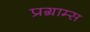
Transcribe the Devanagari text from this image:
प्रग्राम्स